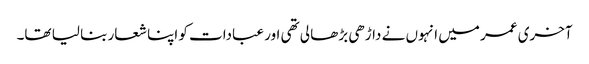
آخری عمر میں انہوں نے داڑھی بڑھا لی تھی اور عبادات کو اپنا شعار بنا لیا تھا۔